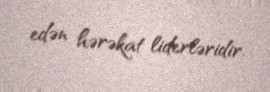
edən hərəkat liderləridir.